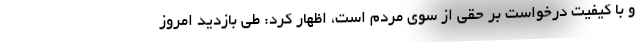
و با کیفیت درخواست بر حقی از سوی مردم است، اظهار کرد: طی بازدید امروز